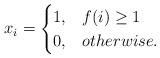
LaTeX: \begin{align*}x_i=\begin{cases}1, &f(i) \geq 1\\0, &otherwise.\end{cases}\end{align*}